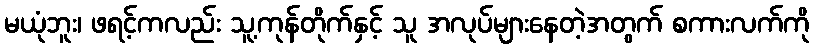
မယုံဘူး၊ ဖရင့်ကလည်း သူ့ကုန်တိုက်နှင့် သူ အလုပ်များနေတဲ့အတွက် စကားလက်ကို